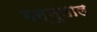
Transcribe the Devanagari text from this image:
मन्नुलाल